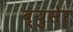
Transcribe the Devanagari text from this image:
ब्युसेर